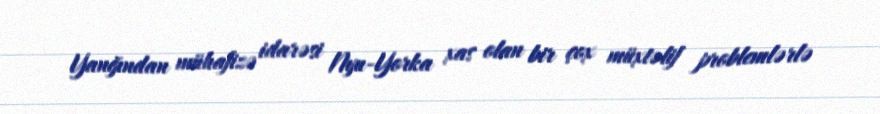
Yanğından mühafizə idarəsi Nyu-Yorka xas olan bir çox müxtəlif problemlərlə